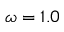
\omega = 1 . 0